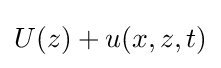
U(z)+u(x,z,t)